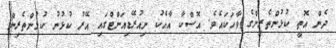
ދެން އޮތީ ކުޅުންތެރިންގެ ވާހަކައެވެ. އޮސްކާ އާއެކު ނިއުރޭޑިއަންޓްގައި އޭރު ކުޅުނު ކުޅުންތެރިން